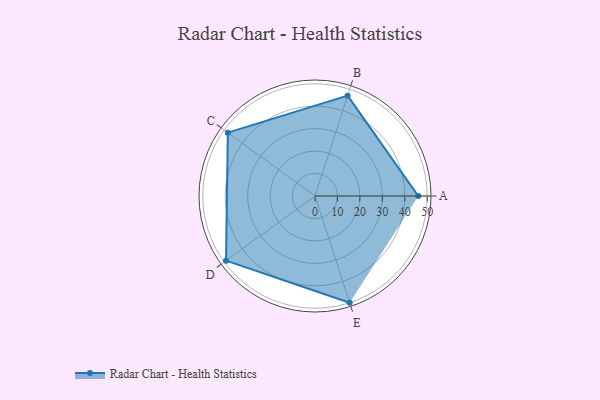
{"axis": {"x": "Skill", "y": "Score"}, "legend": ["Profile"], "data": [{"x": "A", "y": 46.0, "type": "Profile"}, {"x": "B", "y": 47.0, "type": "Profile"}, {"x": "C", "y": 48.0, "type": "Profile"}, {"x": "D", "y": 49.0, "type": "Profile"}, {"x": "E", "y": 50.0, "type": "Profile"}]}